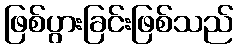
ဖြစ်ပွားခြင်းဖြစ်သည်